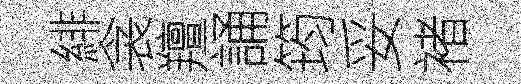
緋衾羶誦筠妥褚